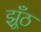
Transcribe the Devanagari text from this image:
झूँठ